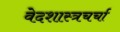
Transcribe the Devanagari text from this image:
वेदशास्त्रचर्चा